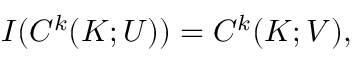
I ( C ^ { k } ( K ; U ) ) = C ^ { k } ( K ; V ) ,